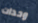
وحدات